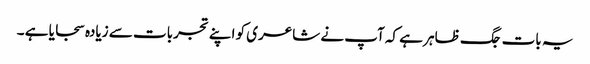
یہ بات جگ ظاہر ہے کہ آپ نے شاعری کو اپنے تجربات سے زیادہ سجایا ہے ۔